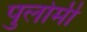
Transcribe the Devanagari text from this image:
पुलोमी